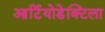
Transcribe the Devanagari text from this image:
आर्टियोडेक्टिला